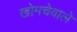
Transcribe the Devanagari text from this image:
खोमचेवाले